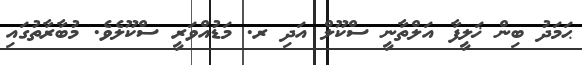
ޙަމަދު ބިން ޚަލީފާ އަލްތާނީ ސްކޫލް އަދި ރ. މަޑުއްވަރީ ސްކޫލެވެ. މުބާރާތުގައި